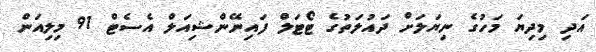
އަދި މިދިޔަ މަހުގެ ނިޔަލަށް ދައުލަތުގެ ޓޯޓަލް ފައިނޭންޝިއަލް އެސެޓް 91 މިލިއަން